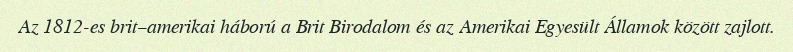
Az 1812-es brit–amerikai háború a Brit Birodalom és az Amerikai Egyesült Államok között zajlott.